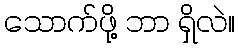
သောက်ဖို့ ဘာ ရှိလဲ။